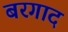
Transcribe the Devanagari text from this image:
बरगाद